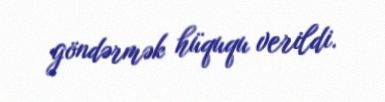
göndərmək hüququ verildi.